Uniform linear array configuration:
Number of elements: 64
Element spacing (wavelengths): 0.75
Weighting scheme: uniform
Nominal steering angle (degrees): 60
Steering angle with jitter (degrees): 59.226
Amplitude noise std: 0.05
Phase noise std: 0.05

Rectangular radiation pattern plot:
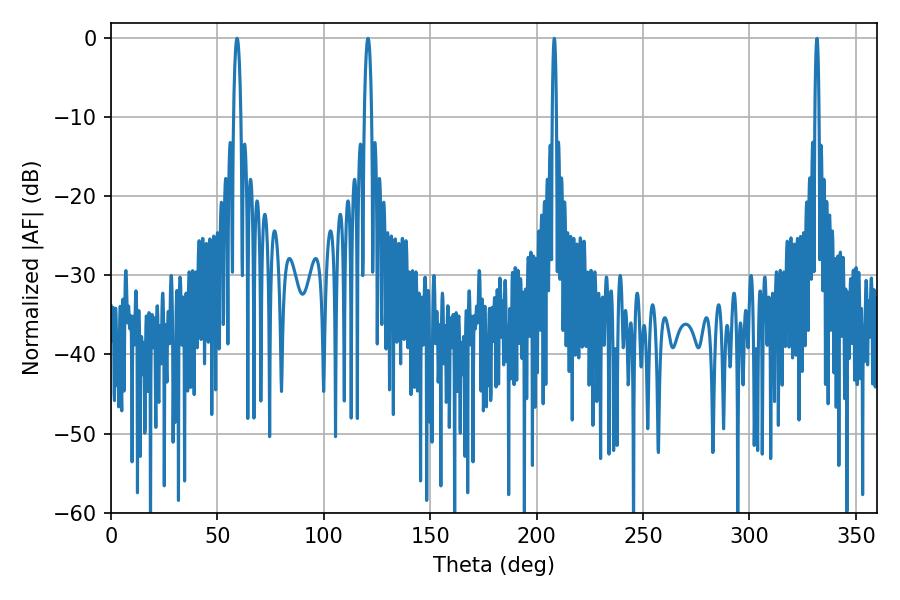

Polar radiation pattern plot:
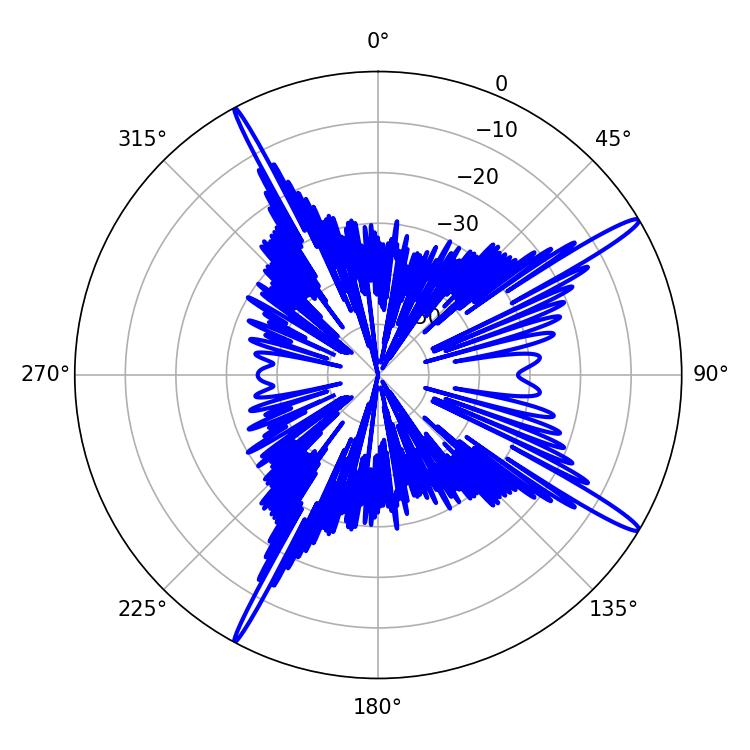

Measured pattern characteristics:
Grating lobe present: TRUE
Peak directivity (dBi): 16.256
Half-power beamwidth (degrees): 1.8
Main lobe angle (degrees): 59.22